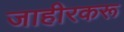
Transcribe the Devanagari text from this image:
जाहीरकरू